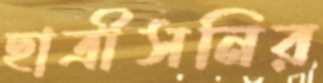
ছাত্রীসনির